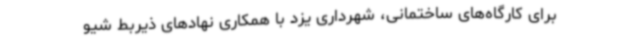
برای کارگاه‌های ساختمانی، شهرداری یزد با همکاری نهادهای ذیربط شیو